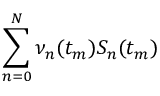
\sum _ { n = 0 } ^ { N } \nu _ { n } ( t _ { m } ) S _ { n } ( t _ { m } )